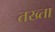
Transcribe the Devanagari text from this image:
तख्‍ता